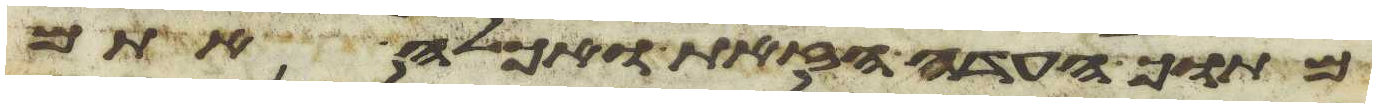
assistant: מתוך העדה הזאת ואכלה אתם